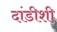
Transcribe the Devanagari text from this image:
दांडीशी